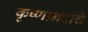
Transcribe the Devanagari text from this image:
कृष्णानदीचे